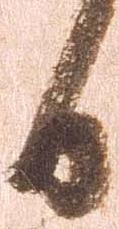
日